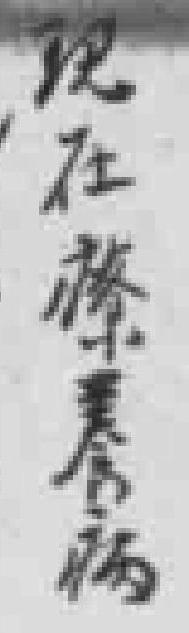
现在療養病